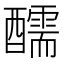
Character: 醹